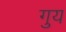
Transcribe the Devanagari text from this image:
गुय